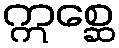
ဣစ္ဆေ